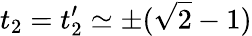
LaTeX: t_{2}=t_{2}^{\prime}\simeq\pm(\sqrt{2}-1)